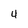
Character: 4